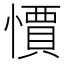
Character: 𭞼